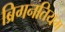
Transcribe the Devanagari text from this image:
ब्रिगनतियम